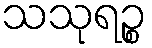
သသုရဉ္စ